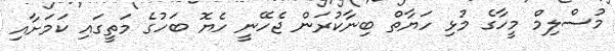
މުސްލިމް މީހާގެ މުޅި ހަޔާތް ބިނާކުރަން ޖެހޭނީ ހެޔޮ ބަހުގެ މަތީގައި ކަމަށާއި